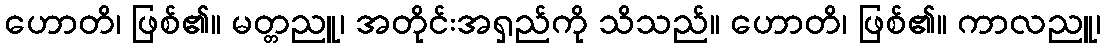
ဟောတိ၊ ဖြစ်၏။ မတ္တညူ၊ အတိုင်းအရှည်ကို သိသည်။ ဟောတိ၊ ဖြစ်၏။ ကာလညူ၊